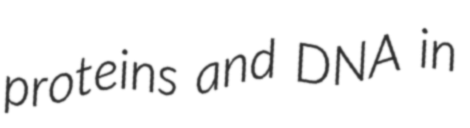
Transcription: proteins and DNA in